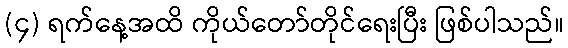
(၄) ရက်နေ့အထိ ကိုယ်တော်တိုင်ရေးပြီး ဖြစ်ပါသည်။